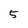
Character: 5